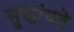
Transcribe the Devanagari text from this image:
सुखांकडे